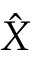
\hat { X }